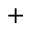
^ { + }